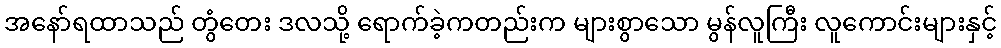
အနော်ရထာသည် တွံတေး ဒလသို့ ရောက်ခဲ့ကတည်းက များစွာသော မွန်လူကြီး လူကောင်းများနှင့်